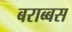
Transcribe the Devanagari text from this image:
बराब्बस